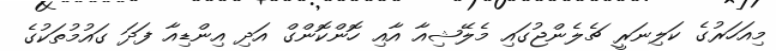
މިއަހަރުގެ ކަލިނަރީ ޗެލެންޖުގައި މެލޭޝިއާ އާއި ހޮންކޮންގް އަދި އިންޑިއާ ފަދަ ގައުމުތަކުގެ